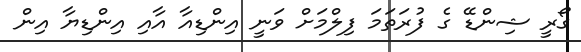
ގޯރީ ޝިންޑޭ ގެ ފުރަތަމަ ފިލްމަށް ވަނީ އިންޑިއާ އާއި އިންޑިޔާ އިން